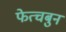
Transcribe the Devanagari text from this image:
फेत्चबुन